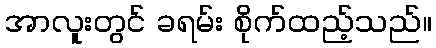
အာလူးတွင် ခရမ်း စိုက်ထည့်သည်။